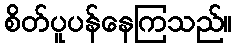
စိတ်ပူပန်နေကြသည်။